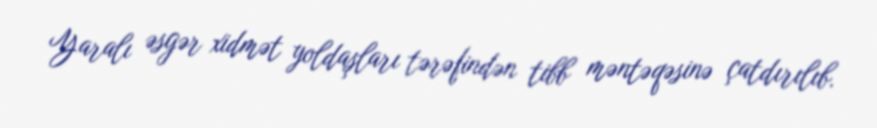
Yaralı əsgər xidmət yoldaşları tərəfindən tibb məntəqəsinə çatdırılıb.